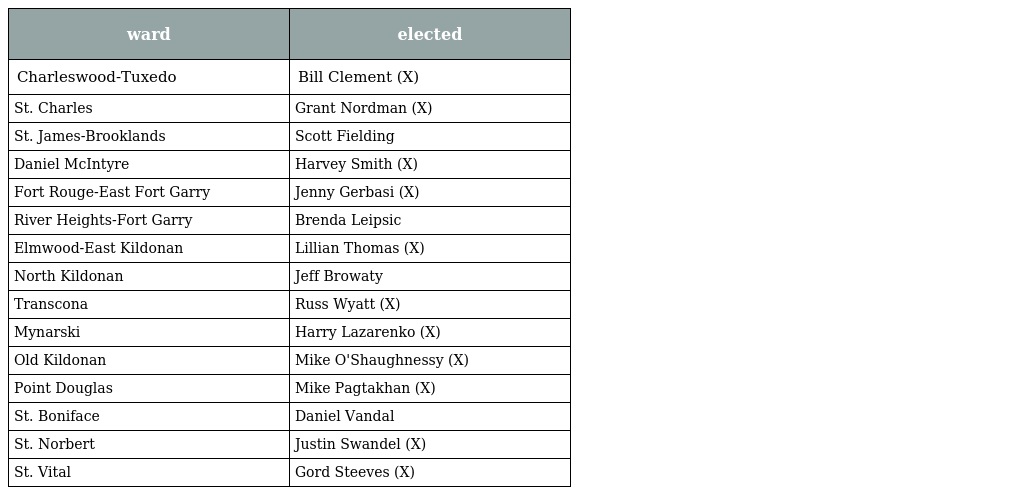
| ward | elected |
 | --- | --- |
 | Charleswood-Tuxedo | Bill Clement (X) |
 | St. Charles | Grant Nordman (X) |
 | St. James-Brooklands | Scott Fielding |
 | Daniel McIntyre | Harvey Smith (X) |
 | Fort Rouge-East Fort Garry | Jenny Gerbasi (X) |
 | River Heights-Fort Garry | Brenda Leipsic |
 | Elmwood-East Kildonan | Lillian Thomas (X) |
 | North Kildonan | Jeff Browaty |
 | Transcona | Russ Wyatt (X) |
 | Mynarski | Harry Lazarenko (X) |
 | Old Kildonan | Mike O'Shaughnessy (X) |
 | Point Douglas | Mike Pagtakhan (X) |
 | St. Boniface | Daniel Vandal |
 | St. Norbert | Justin Swandel (X) |
 | St. Vital | Gord Steeves (X) |